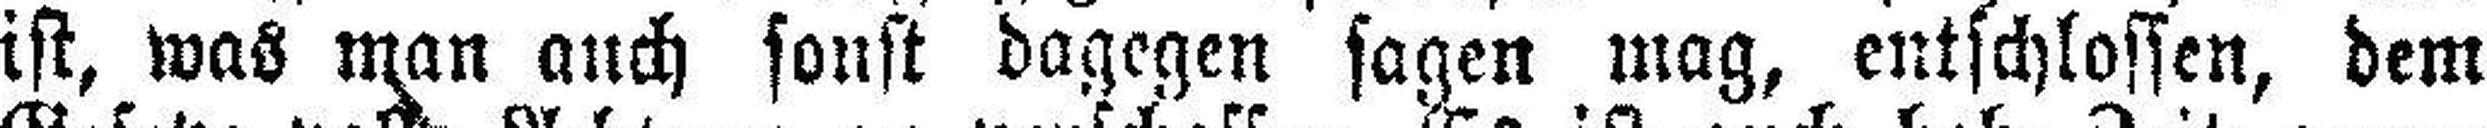
ist, was man auch sonst dagegen sagen mag, entschlossen, dem